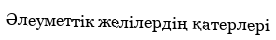
Әлеуметтік желілердің қатерлері